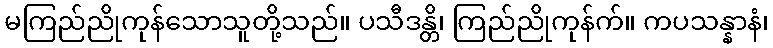
မကြည်ညိုကုန်သောသူတို့သည်။ ပသီဒန္တိ၊ ကြည်ညိုကုန်က်။ ကပသန္နာနံ၊